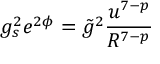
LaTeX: g _ { s } ^ { 2 } e ^ { 2 \phi } = \tilde { g } ^ { 2 } \frac { u ^ { 7 - p } } { R ^ { 7 - p } }